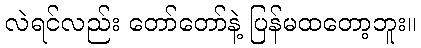
လဲရင်လည်း တော်တော်နဲ့ ပြန်မထတော့ဘူး။